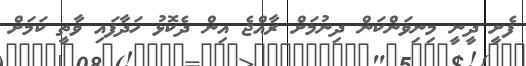
ފެށީ ދީނީ މިނިވަންކަން ދިނުމަށް ރާއްޖެ އިން ދެކޮޅު ހަދާފައި ވާތީ ކަމަށް